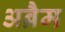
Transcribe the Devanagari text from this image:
अब्रैम